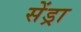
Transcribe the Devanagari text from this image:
सेंड्रा